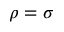
\rho = \sigma